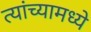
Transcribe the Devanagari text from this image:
त्‍यांच्‍यामध्‍ये